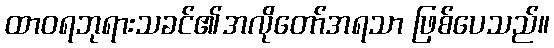
ထာဝရဘုရားသခင်၏အလိုတော်အရသာ ဖြစ်ပေသည်။